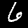
Label: 6